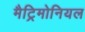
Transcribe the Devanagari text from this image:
मैट्रिमोनियल